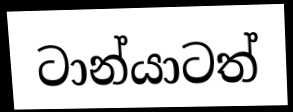
ටාන්යාටත්